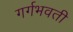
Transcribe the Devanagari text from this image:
गर्गभवती